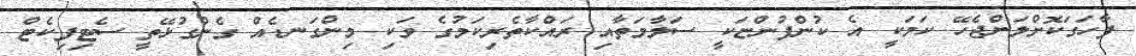
ފާހަގަކޮށްލަންޖެހޭ ކަމަކީ އެ ކުންފުންޏަކީ ސަލާމަތާއި ރައްކާތެރިކަމުގެ ވަކި މިންގަނޑެއް ގެންގުޅޭތީ ސެޓިފިކެޓް